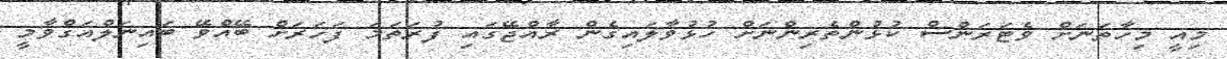
މިއީ މިހާތަނަށް ވެޓަރަންސް ކުޅުންތެރިންނަށް ހުޅުވާލައިގެން ރާއްޖޭގައި ފުރަތަމަ ފަހަރަށް ބޭއްވޭ ބައިނަލްއަގްވާމީ